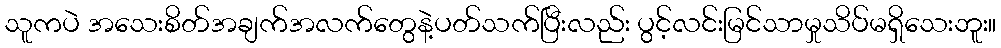
သူကပဲ အသေးစိတ်အချက်အလက်တွေနဲ့ပတ်သက်ပြီးလည်း ပွင့်လင်းမြင်သာမှုသိပ်မရှိသေးဘူး။